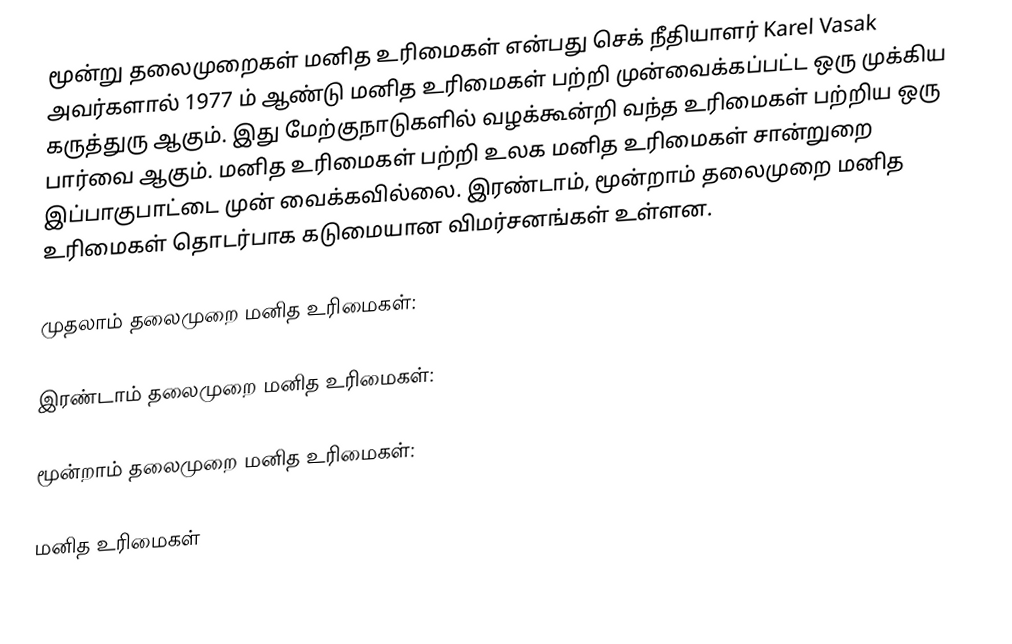
மூன்று தலைமுறைகள் மனித உரிமைகள் என்பது செக் நீதியாளர் Karel Vasak அவர்களால் 1977 ம் ஆண்டு மனித உரிமைகள் பற்றி முன்வைக்கப்பட்ட ஒரு முக்கிய கருத்துரு ஆகும். இது மேற்குநாடுகளில் வழக்கூன்றி வந்த உரிமைகள் பற்றிய ஒரு பார்வை ஆகும். மனித உரிமைகள் பற்றி உலக மனித உரிமைகள் சான்றுறை இப்பாகுபாட்டை முன் வைக்கவில்லை. இரண்டாம், மூன்றாம் தலைமுறை மனித உரிமைகள் தொடர்பாக கடுமையான விமர்சனங்கள் உள்ளன.

முதலாம் தலைமுறை மனித உரிமைகள்:

இரண்டாம் தலைமுறை மனித உரிமைகள்:

மூன்றாம் தலைமுறை மனித உரிமைகள்:

மனித உரிமைகள்